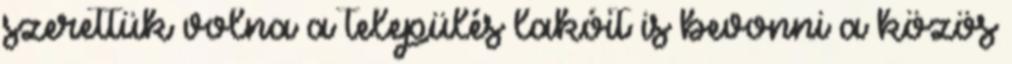
szerettük volna a település lakóit is bevonni a közös